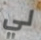
لي